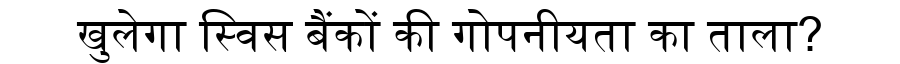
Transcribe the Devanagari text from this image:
खुलेगा स्विस बैंकों की गोपनीयता का ताला?